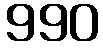
990